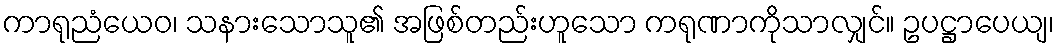
ကာရုညံယေဝ၊ သနားသောသူ၏ အဖြစ်တည်းဟူသော ကရုဏာကိုသာလျှင်။ ဥပဋ္ဌာပေယျ၊